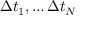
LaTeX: \Delta t _ { 1 } , \dots \Delta t _ { N }